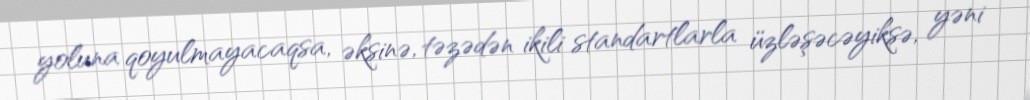
yoluna qoyulmayacaqsa, əksinə, təzədən ikili standartlarla üzləşəcəyiksə, yəni